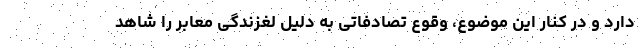
دارد و در کنار این موضوع، وقوع تصادفاتی به دلیل لغزندگی معابر را شاهد